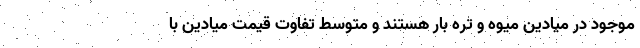
موجود در میادین میوه و تره بار هستند و متوسط تفاوت قیمت میادین با